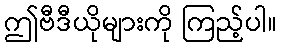
ဤဗီဒီယိုများကို ကြည့်ပါ။